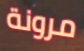
مرونة